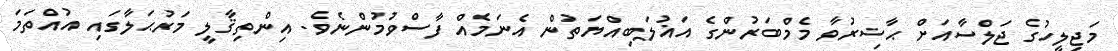
މަޖިލީހުގެ ޖަލްސާއަށް ޙާޟިރުވާ މެމްބަރުންގެ އަޣުލަބިއްޔަތުން އެނަމެއް ފާސްވުމުންނެވެ. އިންތިޤާލީ މަރުޙަލާގައި އުއްތަމަ